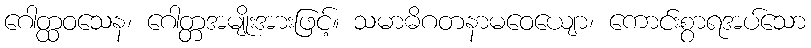
ဂေါတ္ထဝသေန၊ ဂေါတ္တအမျိုးအားဖြင့်။ သမာဓိဂတနာမဝေယျော၊ ကောင်းစွာရအပ်သော